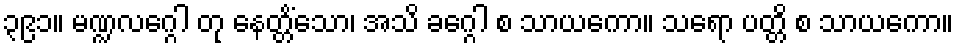
၃၉၁။ မဏ္ဍလဂ္ဂေါ တု နေတ္တိံသော၊ အသိ ခဂ္ဂေါ စ သာယကော။ သရော ပတ္တိ စ သာယကော။